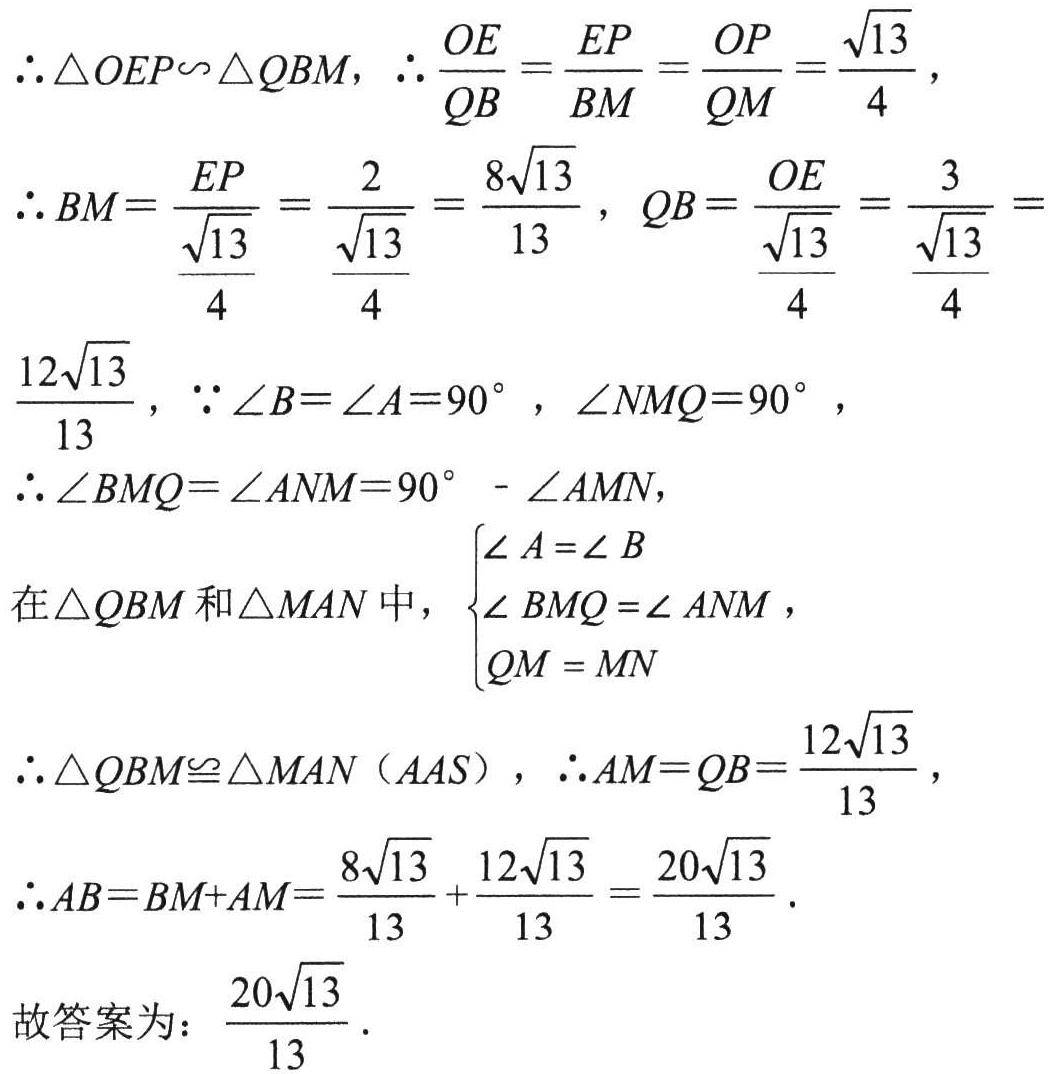
\(\therefore\triangle OEP\backsim\triangle QBM,\ \therefore\frac{OE}{QB}=\frac{EP}{BM}=\frac{OP}{QM}=\frac{\sqrt{13}}{4}\),
\(\therefore BM = \frac{EP}{\frac{\sqrt{13}}{4}}=\frac{2}{\frac{\sqrt{13}}{4}}=\frac{8\sqrt{13}}{13},\ QB=\frac{OE}{\frac{\sqrt{13}}{4}}=\frac{3}{\frac{\sqrt{13}}{4}} = \)
\(\frac{12\sqrt{13}}{13},\ \because\angle B=\angle A = 90^{\circ},\ \angle NMQ = 90^{\circ},\)
\(\therefore\angle BMQ=\angle ANM = 90^{\circ}-\angle AMN,\)
在\(\triangle QBM\)和\(\triangle MAN\)中，\(\begin{cases}\angle A=\angle B\\\angle BMQ=\angle ANM\\QM = MN\end{cases}\),
\(\therefore\triangle QBM\cong\triangle MAN\ (AAS),\ \therefore AM = QB=\frac{12\sqrt{13}}{13},\)
\(\therefore AB=BM + AM=\frac{8\sqrt{13}}{13}+\frac{12\sqrt{13}}{13}=\frac{20\sqrt{13}}{13}.\)
故答案为：\(\frac{20\sqrt{13}}{13}\).